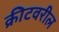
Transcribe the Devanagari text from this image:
क्रीटवरील